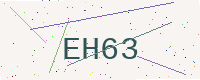
Text: EH63